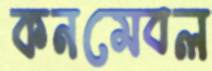
কনমেবল